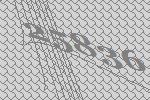
25836